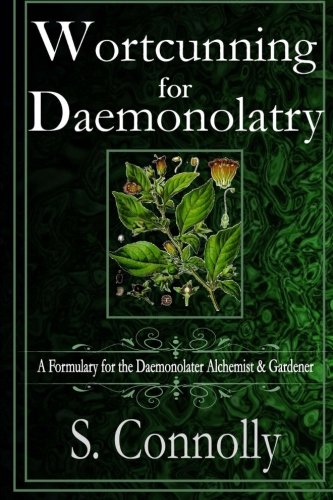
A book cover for Wortcunning for Daemonolatry: A Formulary for the Daemonolater Alchemist and Gardener; S. Connolly; Religion & Spirituality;